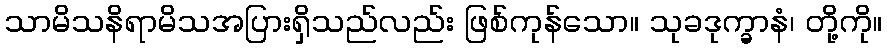
သာမိသနိရာမိသအပြားရှိသည်လည်း ဖြစ်ကုန်သော။ သုခဒုက္ခာနံ၊ တို့ကို။